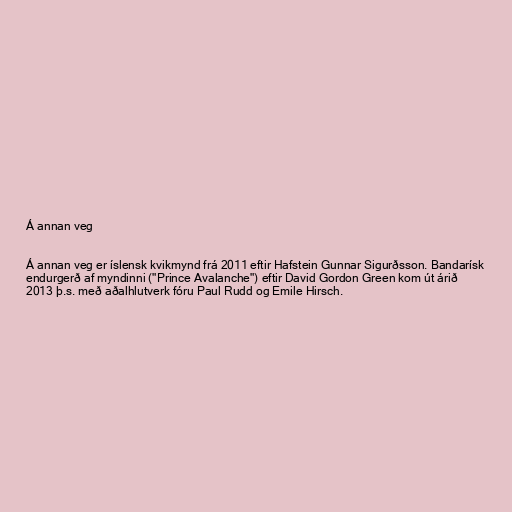
Á annan veg

Á annan veg er íslensk kvikmynd frá 2011 eftir Hafstein Gunnar Sigurðsson. Bandarísk
endurgerð af myndinni ("Prince Avalanche") eftir David Gordon Green kom út árið
2013 þ.s. með aðalhlutverk fóru Paul Rudd og Emile Hirsch.